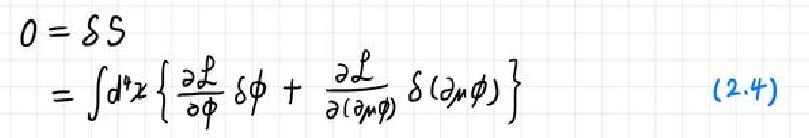
\[
0=\delta S=\int d^{4}x\left\{\frac{\partial\mathcal{L}}{\partial\phi}\delta\phi+\frac{\partial\mathcal{L}}{\partial(\partial_{\mu}\phi)}\delta(\partial_{\mu}\phi)\right\} \quad(2.4)
\]